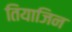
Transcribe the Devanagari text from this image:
तियाजिन